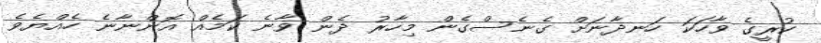
ކުރީގެ ވާހަކަ ހަނދާނަށް ގެނެސްގެން މިހާރު ދެން ވާނެ ކަމެއް އޮންނާނެ ހެއްޔެވެ